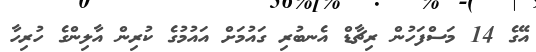
އޭގެ 14 މަސްފަހުން ރިޗާޑް އެނބުރި ގައުމަށް އައުމުގެ ކުރިން އާލިންގެ ހުރިހާ